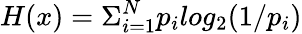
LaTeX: H(x)=\Sigma_{i=1}^{N}p_{i}log_{2}(1/p_{i})